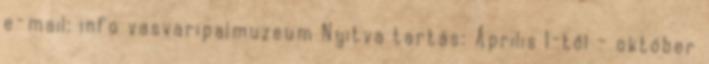
e-mail: info vasvaripalmuzeum Nyitva tartás: Április 1-től - október